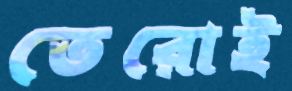
তেরোই